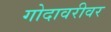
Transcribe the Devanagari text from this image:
गोदावरीवर